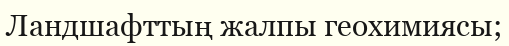
Ландшафттың жалпы геохимиясы;